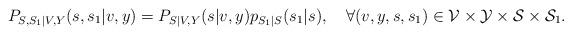
LaTeX: \begin{align*}P_{S,S_1|V,Y}(s,s_1|v,y)=P_{S|V,Y}(s|v,y)p_{S_1|S}(s_1|s),\quad\forall(v,y,s,s_1)\in\mathcal{V}\times\mathcal{Y}\times\mathcal{S}\times\mathcal{S}_1.\end{align*}